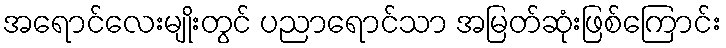
အရောင်လေးမျိုးတွင် ပညာရောင်သာ အမြတ်ဆုံးဖြစ်ကြောင်း